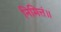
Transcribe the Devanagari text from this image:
निमित्तं॥